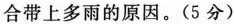
合带上多雨的原因。(5分)